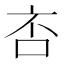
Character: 㕻